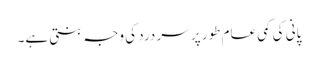
پانی کی کمی عام طور پر سر درد کی وجہ بنتی ہے۔